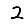
Digit: 2